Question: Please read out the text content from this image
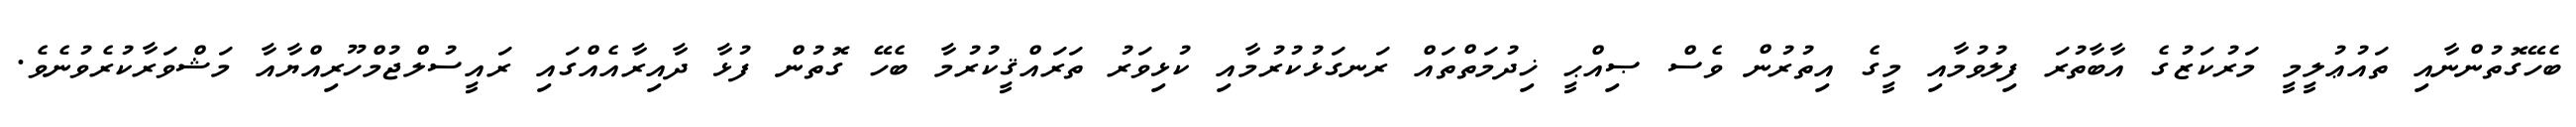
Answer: ބެހޭގޮތުންނާއި ތައުޢުލީމީ މަރުކަޒުގެ އާބާތުރަ ފިލުވުމާއި މީގެ އިތުރުން ވެސް ޞިއްޙީ ޚިދުމަތްތައް ރަނގަޅުކުރުމާއި ކުޅިވަރު ތަރައްޤީކުރުމާ ބެހޭ ގޮތުން ފުޅާ ދާއިރާއެއްގައި ރައީސުލްޖުމްހޫރިއްޔާއާ މަޝްވަރާކުރެވުނެވެ.